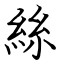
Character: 絲